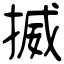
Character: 揻